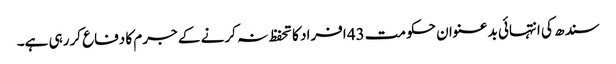
سندھ کی انتہائی بدعنوان حکومت 43 افراد کا تحفظ نہ کرنے کے جرم کا دفاع کررہی ہے۔